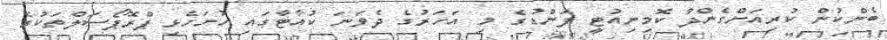
ބެންކުން ކުރިއަށްގެންދާ ކޮމިނިއުޓީ ފަންޑުގެ މި އަހަރުގެ ދެވަނަ ކުއާޓާގައި ހުށަހެޅި ޕްރޮޕޯސަލްތަކުގެ